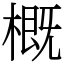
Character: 概